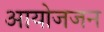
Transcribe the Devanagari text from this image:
आयोजजन